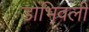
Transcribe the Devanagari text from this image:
डोंभिवली